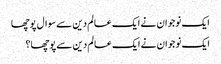
ایک نوجوان نے ایک عالم دین سے سوال پوچھا
ایک نوجوان نے ایک عالم دین سے پوچھا؟